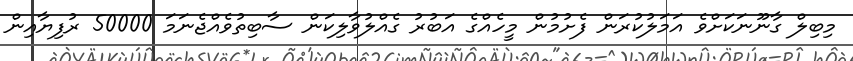
މިބިލް ގާނޫނަކަށްވެ އަމަލުކުރަން ފެށުމުން މީހެއްގެ އަބުރު ގެއްލުވާލިކަން ސާބިތުވެއްޖެނަމަ 50000 ރުފިޔާއިން